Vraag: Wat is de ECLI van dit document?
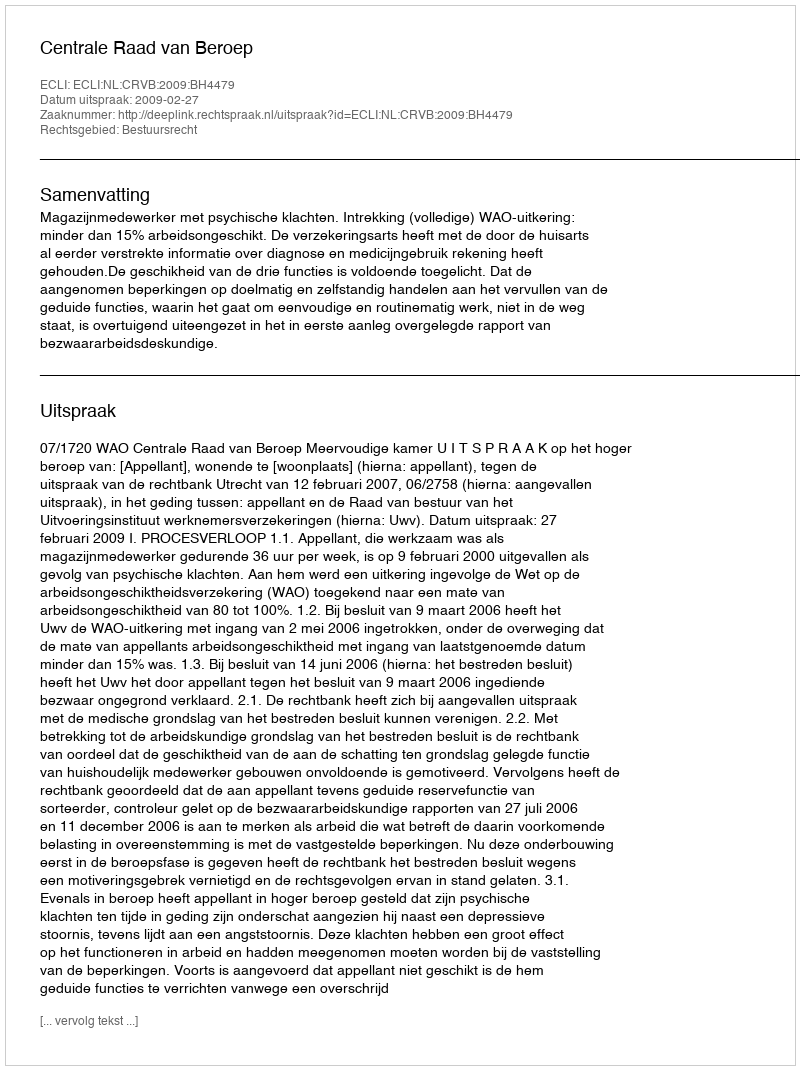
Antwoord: ECLI:NL:CRVB:2009:BH4479